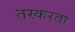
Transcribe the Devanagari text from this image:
तस्करता